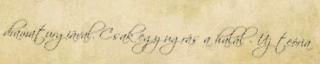
dramaturgiával. Csak egy ugrás a halál - Új teória